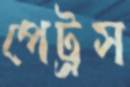
পেট্রস